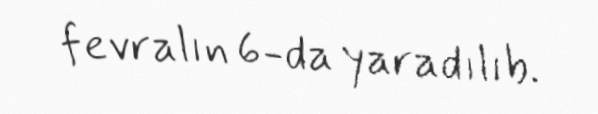
fevralın 6-da yaradılıb.